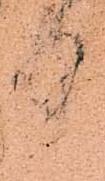
中